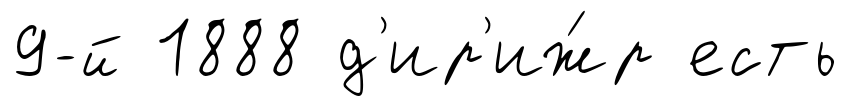
9-й 1888 д'ир'иж́р есть